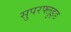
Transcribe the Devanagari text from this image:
सुपरफ्लुइड